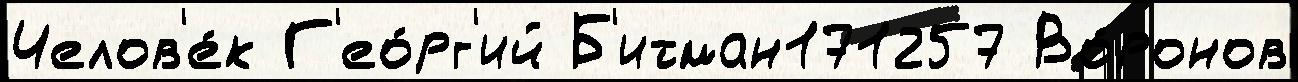
Челов'е́к Г'ео́рг'ий Б'итман171257 Во́ронов